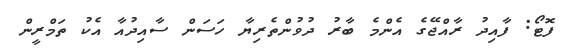
ފޮޓޯ: ފާއިދު ރާއްޖޭގެ އެންމެ ބާރު ދުވުންތެރިޔާ ހަސަން ސާއިދުއާ އެކު ތަމްރީން